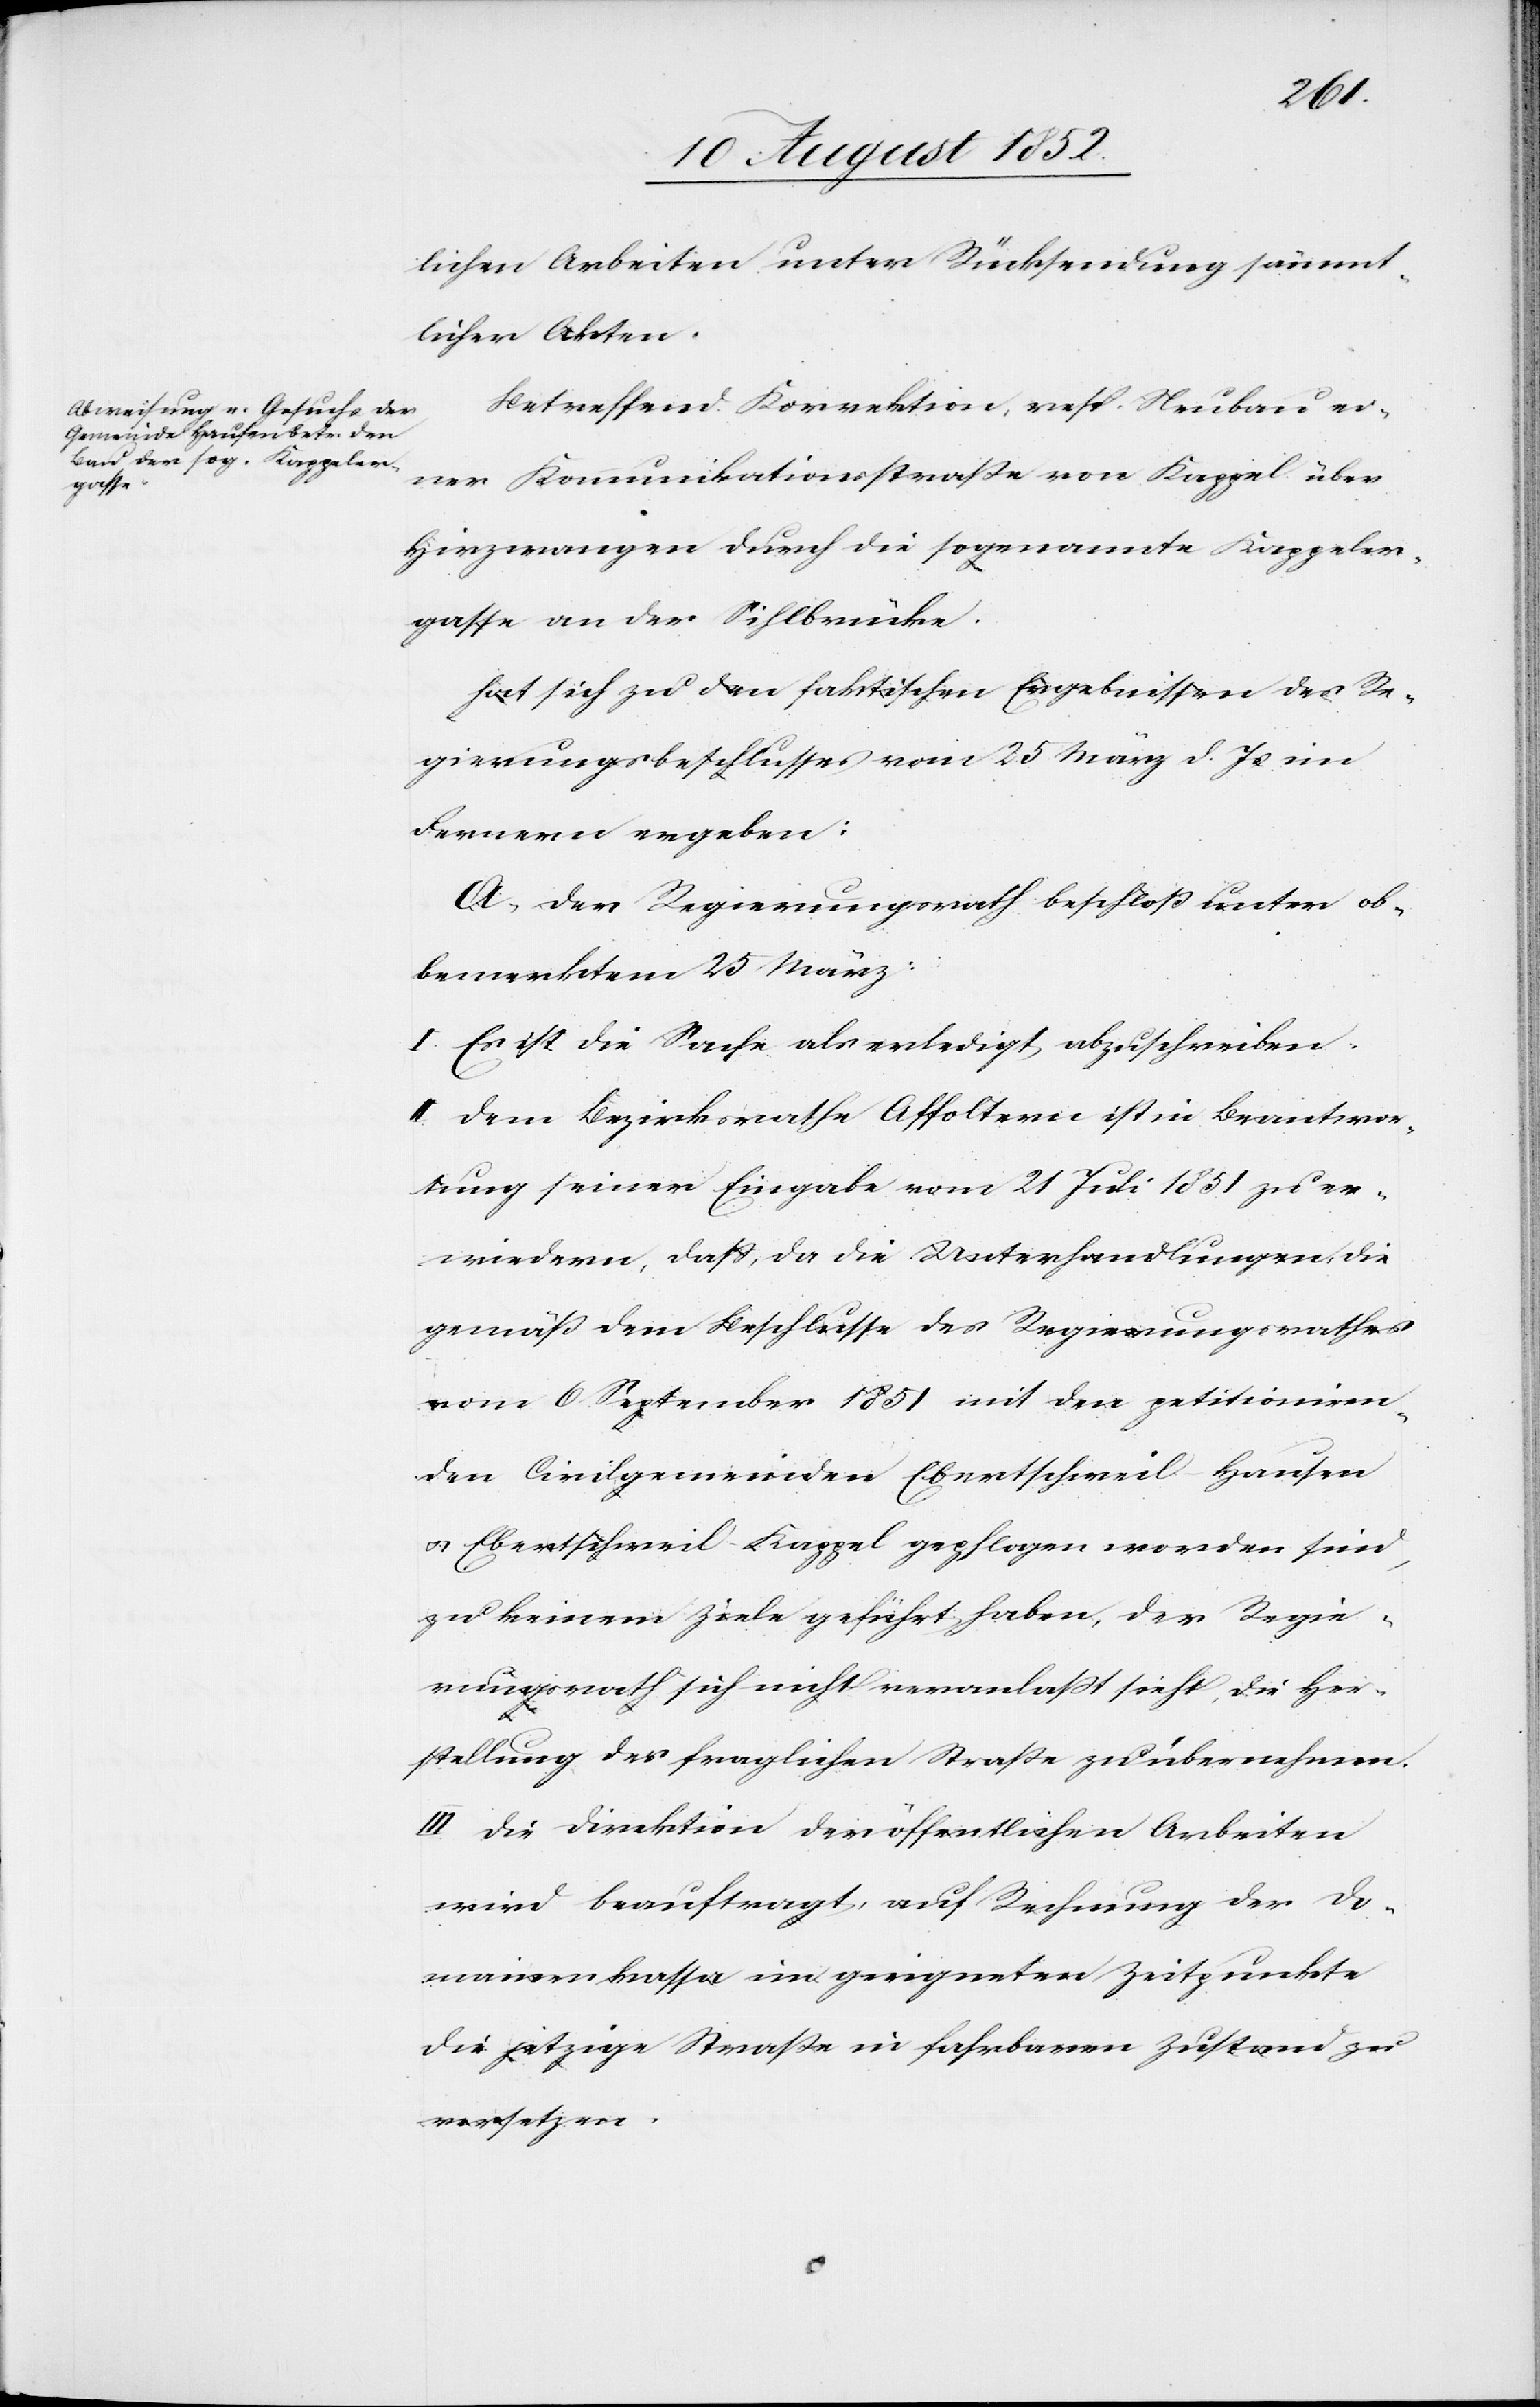
lichen Arbeiten unter Rücksendung sämmt¬
licher Akten.
Betreffend Korrektion, resp. Neubau ei¬
ner Kommunikationsstraße von Kappel über
Hirzwangen durch die sogenannte Kappeler¬
gasse an der Sihlbrücke.
hat sich zu den faktischen Ergebnissen des Re¬
gierungsbeschlusses vom 25 März d. Js im
Fernern ergeben:
A, Der Regierungsrath beschloß unter ob¬
bemerktem 25 März:
I. Es ist die Sache als erledigt abzuschreiben.
II. Dem Bezirksrathe Affoltern ist in Beantwor¬
tung seiner Eingabe vom 21 Juli 1851 zu er¬
wiedern, dass, da die Unterhandlungen, die
gemäß dem Beschlusse des Regierungsrathes
vom 6 September 1851 mit den petitioniren¬
den Civilgemeinden Ebertschweil-Hausen
& Ebertschweil-Kappel gepflogen worden sind,
zu keinem Ziele geführt haben, der Regie¬
rungsrath sich nicht veranlasst sieht, die Her¬
stellung der fraglichen Straße zu übernehmen.
III. Die Direktion der öffentlichen Arbeiten
wird beauftragt, auf Rechnung der Do¬
mainenkassa im geeigneten Zeitpunkte
die jetzige Straße in fahrbaren Zustand zu
versetzen.